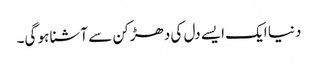
دنیا ایک ایسے دل کی دھڑکن سے آشنا ہو گی۔